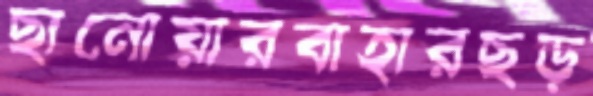
ছানোয়ারবাহারছড়